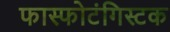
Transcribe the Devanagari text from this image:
फास्फोटंगिस्टक